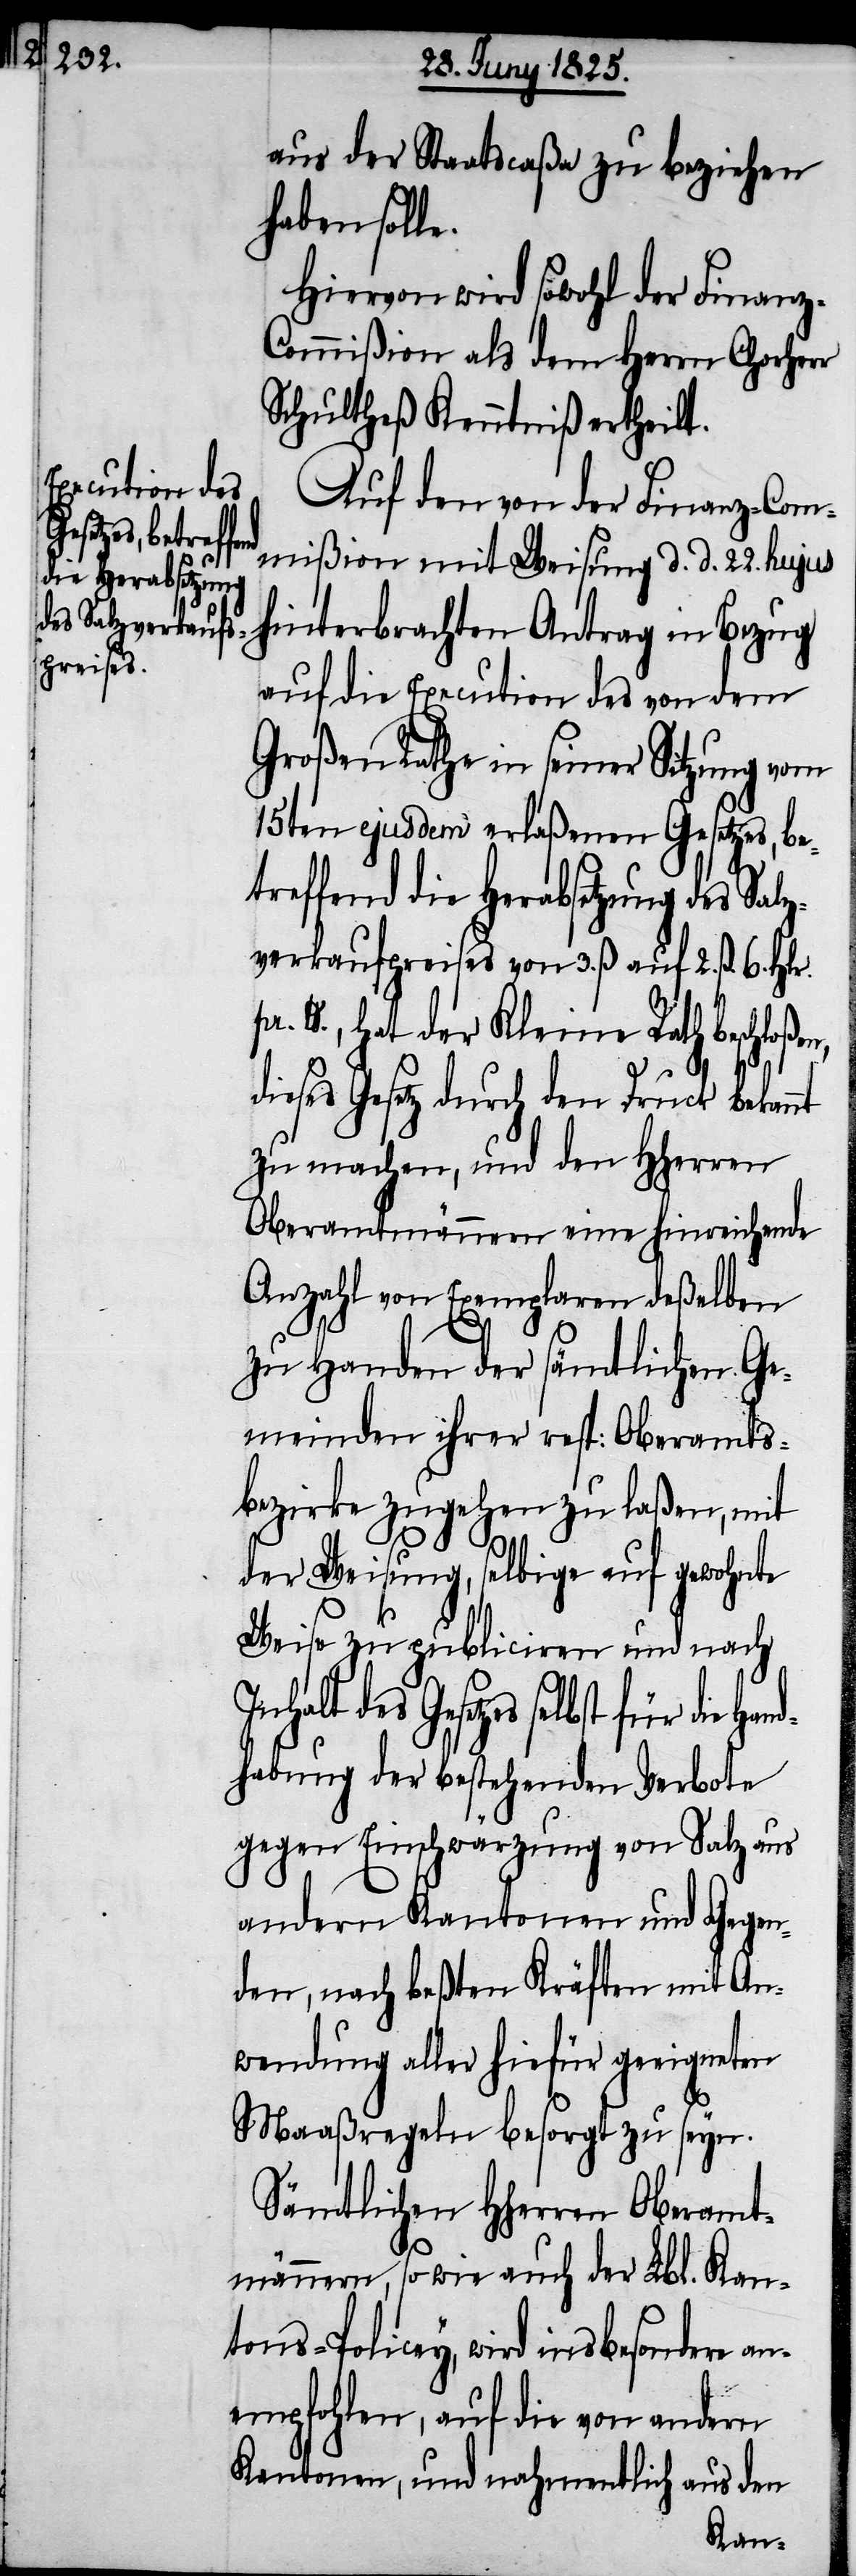
aus der Staatscaßa zu beziehen
haben solle.
Auf den von der Finanz-Com¬
mißion mit Weisung d. d. 22. hujus
hinterbrachten Antrag in Bezug
auf die Execution des von dem
Großen Rathe in seiner Sitzung vom
15ten ejusdem erlaßenen Gesetzes, be¬
treffend die Herabsetzung des Salz¬
verkaufspreises von 3. ß auf 2. ß. 6. Hlr.
lb., hat der Kleine Rath beschloß¬
dieses Gesetz durch den Druck bekan¬
zu machen, und den HHerren
Oberamtmännern eine hinreichende
Anzahl von Exemplaren deßelben
zu Handen der sämtlichen Ge¬
meinden ihrer resp: Oberamts¬
bezirke zugehen zu laßen, mit
der Weisung, selbige auf gewohnte
Weise zu publiciren und nach
des Gesetzes selbst für die Han¬
dhabung der bestehenden Verbote
gegen Einschwärzung von Salz aus
andern Kantonen und Gegen¬
den, nach beßten Kräften mit An¬
wendung aller hiefür geeigneten
Maaßregeln besorgt zu seyn.
Sämtlichen HHerren Oberamt¬
männern, sowie auch der Lbl. Kan¬
tons-Policey, wird insbesondere an¬
empfohlen, auf die von andern
Kantonen, und nahmentlich aus den
nt